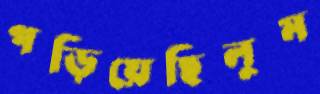
পড়িয়েছিলুম